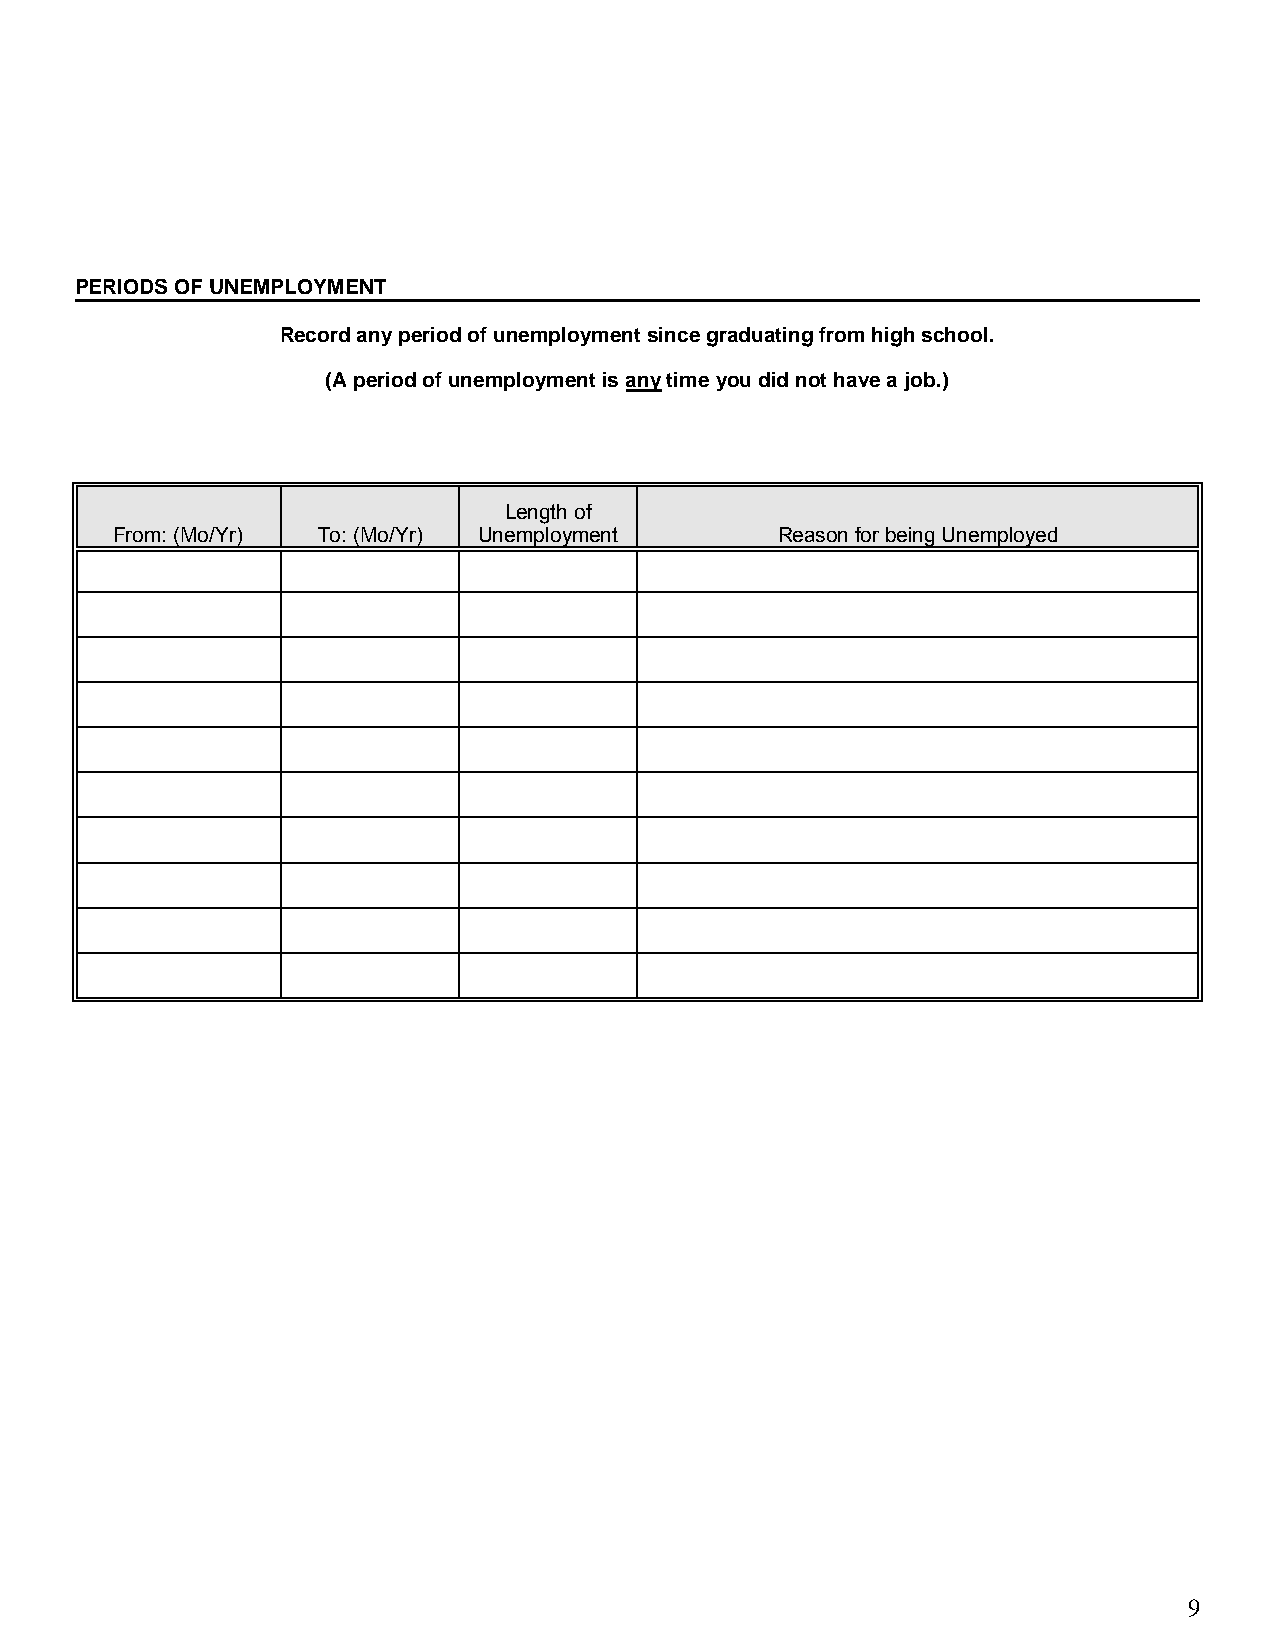
PERIODS OF UNEMPLOYMENT
 Record any period of unemployment since graduating from high school.
 (A period of unemployment is any time you did not have a job.)
 Length of
 From: (Mo/Yr) To: (Mo/Yr) Unemployment      Reason for being Unemployed
 9